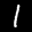
Label: 1